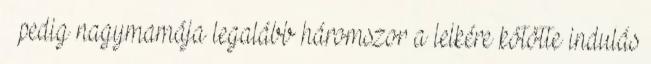
– pedig nagymamája legalább háromszor a lelkére kötötte indulás